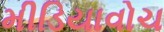
મીડિયાવોચ